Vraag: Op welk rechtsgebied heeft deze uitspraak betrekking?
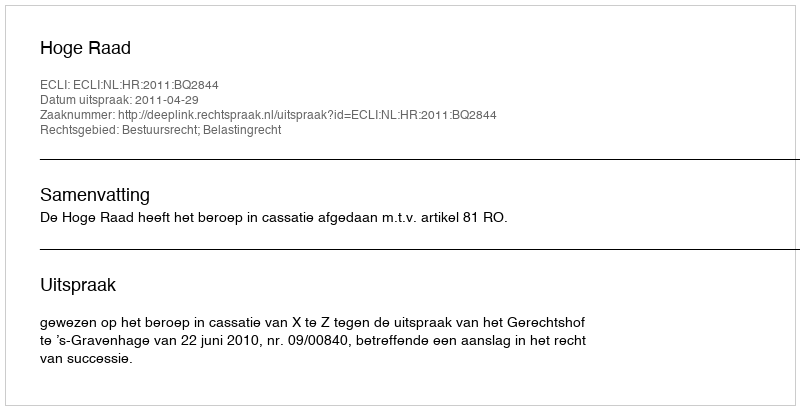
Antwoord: Bestuursrecht; Belastingrecht